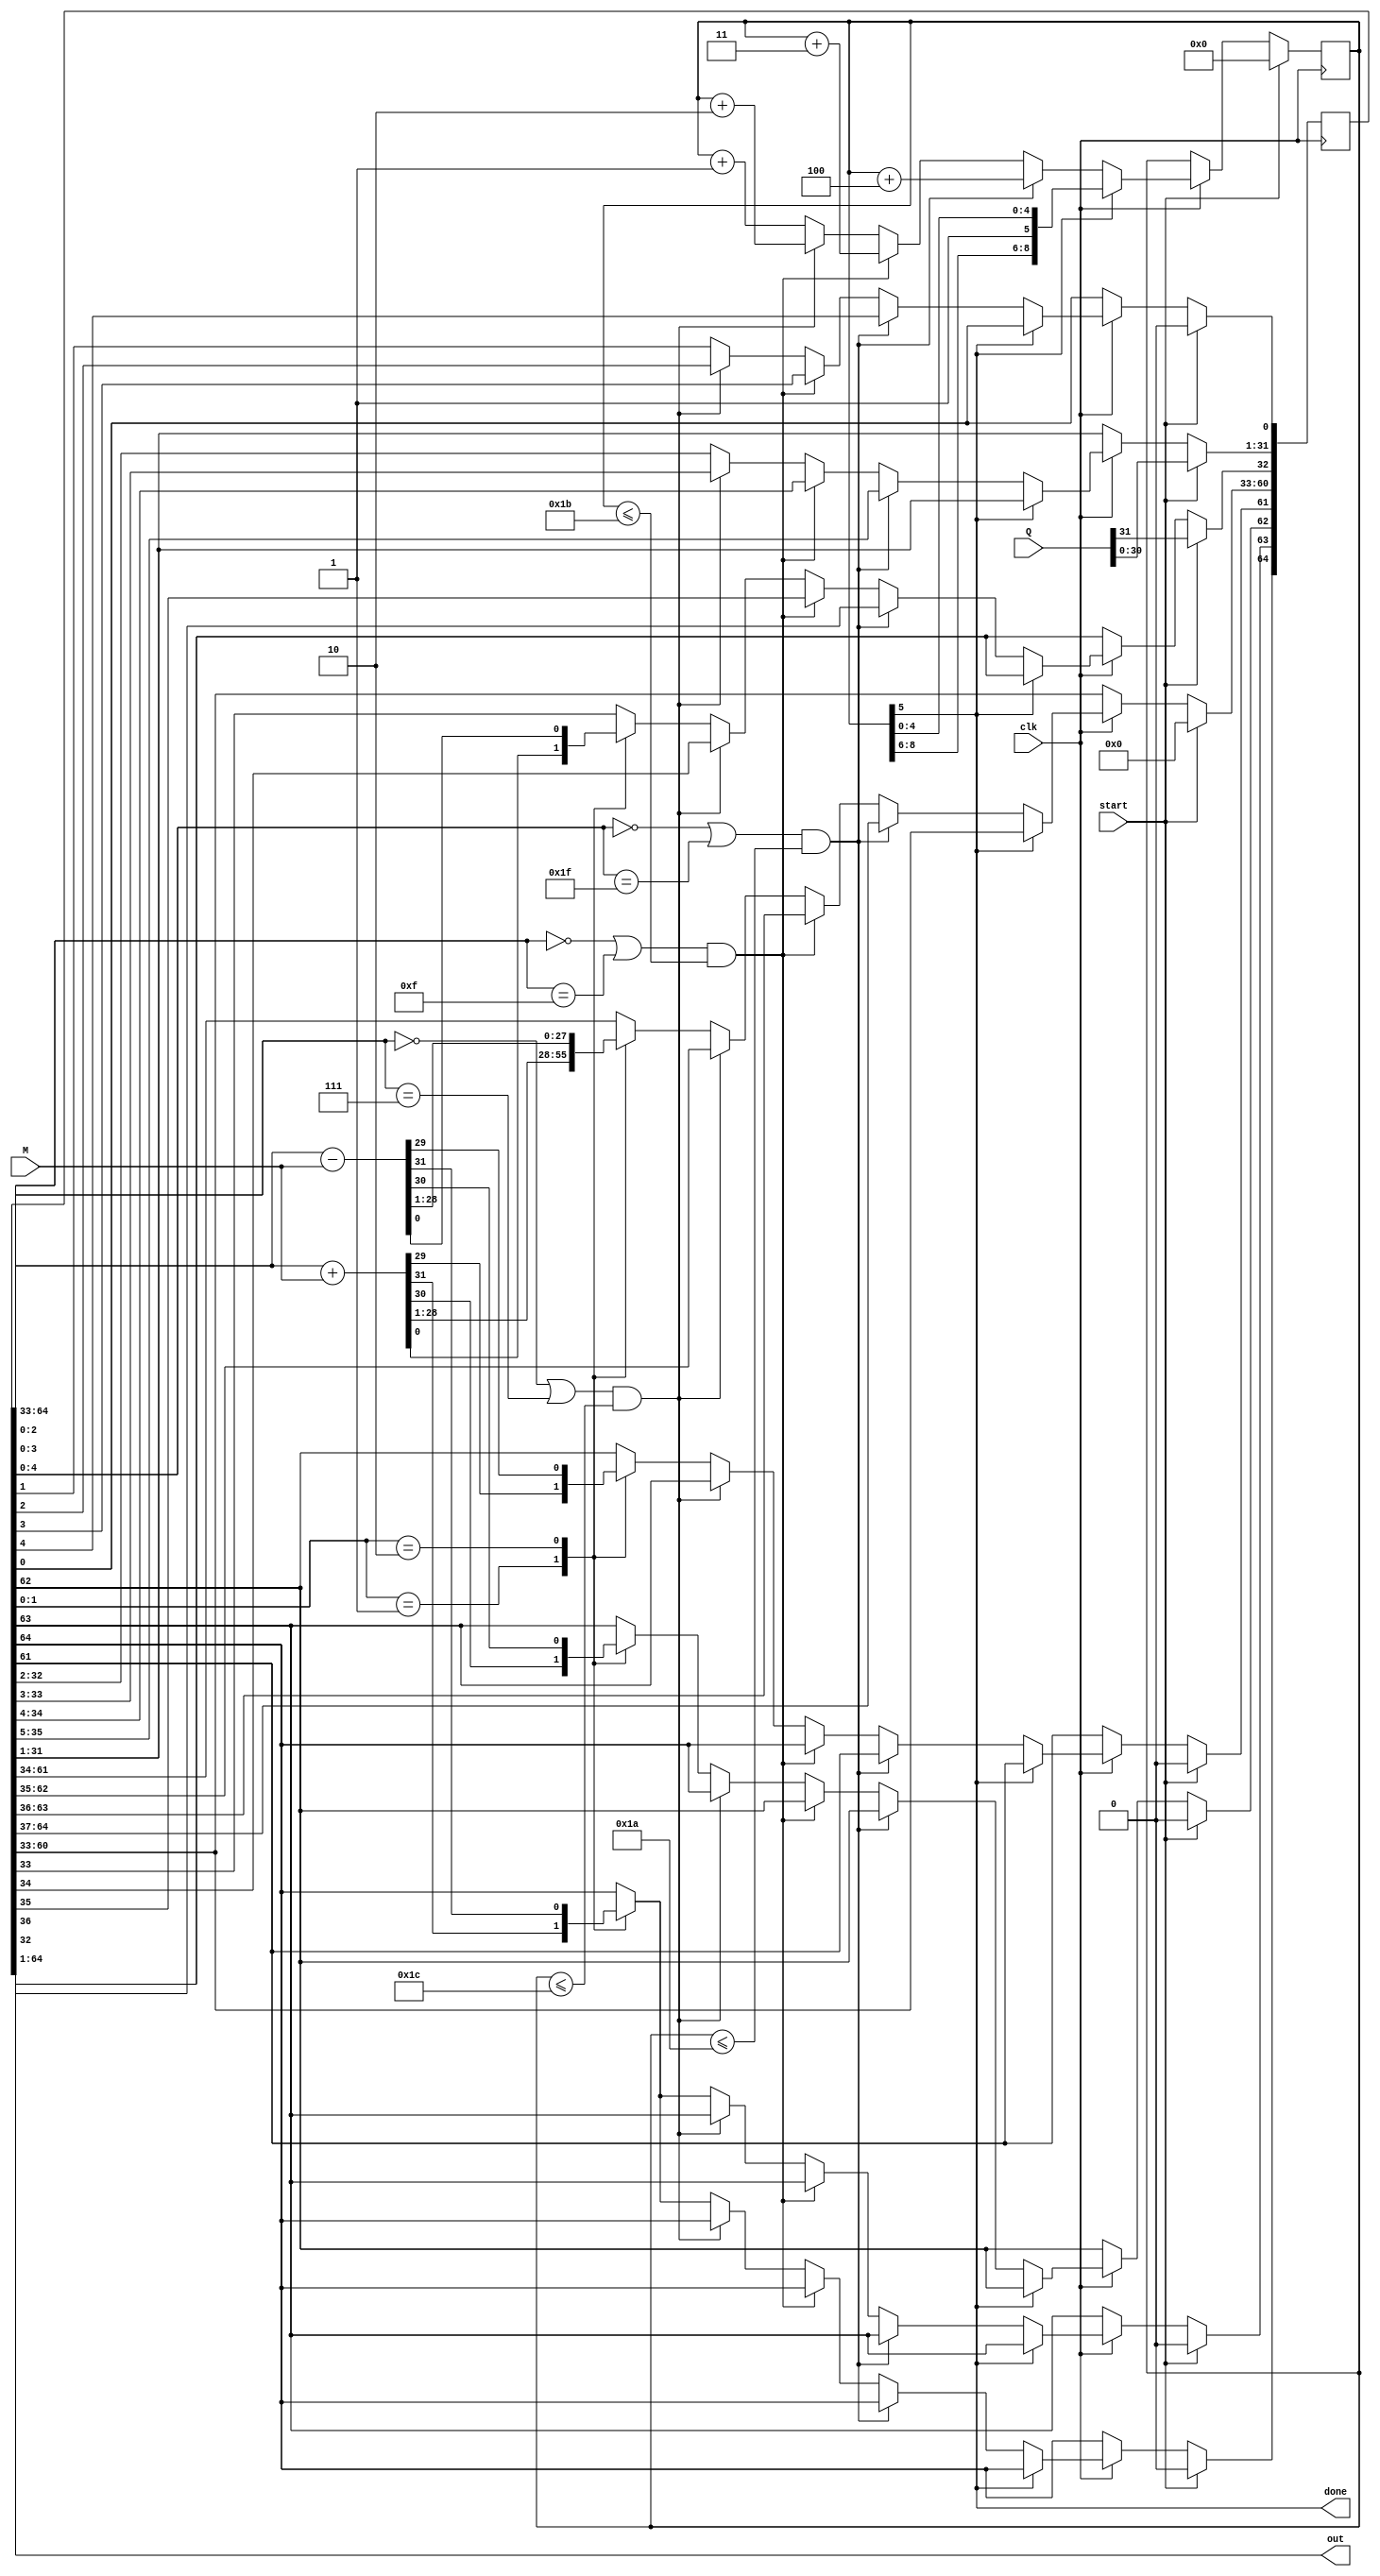
module boothmult(
    input wire signed [31:0] M,Q,
    input clk,
    input start,

    output wire [63:0] out,
    output wire done
);

// output plus the booth bit
reg [64:0] booth;
// output doesn't need booth bit
assign out = booth[64:1];

// 9 bit step for now, can decrease later
// needs to count to 31 or 32 not sure which    
reg [8:0] step;
assign done = step[5];

wire signed [31:0] upper;
assign upper = booth[64:33];

wire signed [31:0] sum,diff;
assign sum = upper + M;
assign diff = upper - M;

wire skip3 = ((booth[2:0]==0)|(booth[2:0]==7))&(step<=(31-3));
wire skip4 = ((booth[3:0]==0)|(booth[3:0]==15))&(step<=(31-4));
wire skip5 = ((booth[4:0]==0)|(booth[4:0]==31))&(step<=(31-5));

always @(posedge clk) begin
    // clear low to begin operation
    if (start) begin 
        // reset step
        step<=0;
        // write 0s to upper bits
        booth[64:32]<=0;
        // write multiplier to lower bits
        booth[32:1]<=Q;
        // write booth bit to 0
        booth[0]<=0;
    end
    else if (clk) if (!done) begin
        if (skip5) begin
            booth[64-4:0]<=booth[64:4];
            step<=step+4;
        end
        else if (skip4) begin
            booth[64-3:0]<=booth[64:3];
            step<=step+3;
        end
        else if (skip3) begin
            booth[64-2:0]<=booth[64:2];
            step<=step+2;
        end
        // look at last 2 bits of booth
        else begin
            case(booth[1:0])
                2'b01: begin
                    booth[64]<=sum[31];
                    booth[63:32]<=sum;
                    booth[31:0]<=booth[32:1];
                end
                2'b10: begin
                    booth[64]<=diff[31];
                    booth[63:32]<=diff;
                    booth[31:0]<=booth[32:1];
                end
                default: begin
                    booth[63:0]<=booth[64:1];
                end
            endcase
            step<=step+1;
        end
    end
end

endmodule